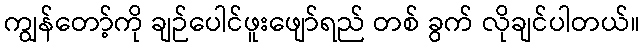
ကျွန်တော့်ကို ချဉ်ပေါင်ဖူးဖျော်ရည် တစ် ခွက် လိုချင်ပါတယ်။